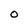
Character: O